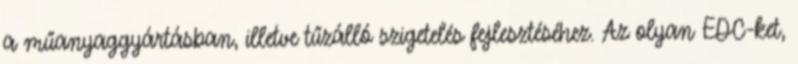
a műanyaggyártásban, illetve tűzálló szigetelés fejlesztéséhez. Az olyan EDC-ket,